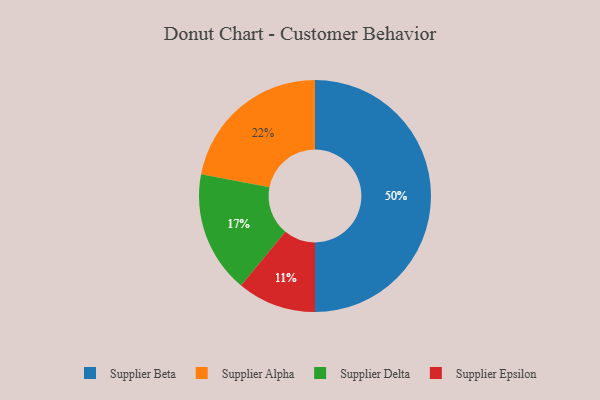
{"axis": {"x": "Category", "y": "Percentage"}, "legend": ["Supplier Alpha", "Supplier Beta", "Supplier Delta", "Supplier Epsilon"], "data": [{"x": "Supplier Alpha", "y": 22, "type": "Supplier Alpha"}, {"x": "Supplier Beta", "y": 50, "type": "Supplier Beta"}, {"x": "Supplier Epsilon", "y": 11, "type": "Supplier Epsilon"}, {"x": "Supplier Delta", "y": 17, "type": "Supplier Delta"}]}